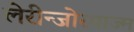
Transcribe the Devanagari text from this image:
लेरीन्जोस्पाज्म